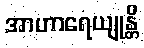
အာဟာရေယျုန္တိ